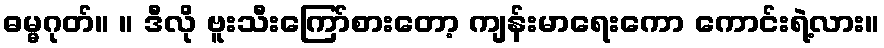
ဓမ္မဂုတ်။ ။ ဒီလို ဗူးသီးကြော်စားတော့ ကျန်းမာရေးကော ကောင်းရဲ့လား။